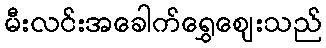
မီးလင်းအခေါက်ရွှေဈေးသည်